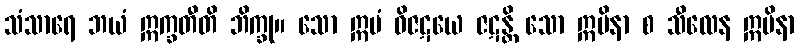
သံသာရေ ဘယံ ဣက္ခတီတိ ဘိက္ခု။ သော ဣမံ ဝိဇဋယေ ဇဋန္တိ သော ဣမိနာ စ သီလေန ဣမိနာ